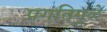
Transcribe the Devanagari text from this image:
प्रगतिमुळे